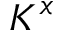
K ^ { x }